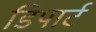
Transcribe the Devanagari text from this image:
डिपार्ट